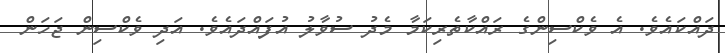
ދައްކައެވެ. އެ ވެކްސިންގެ ރައްކާތެރިކަމާ މެދު ސުވާލު އުފައްދައެވެ. އަދި ވެކްސިން ޖަހަން